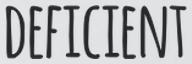
DEFICIENT